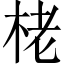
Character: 栳